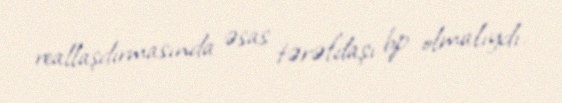
reallaşdırmasında əsas tərəfdaşı bp olmalıydı.